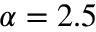
\alpha = 2 . 5